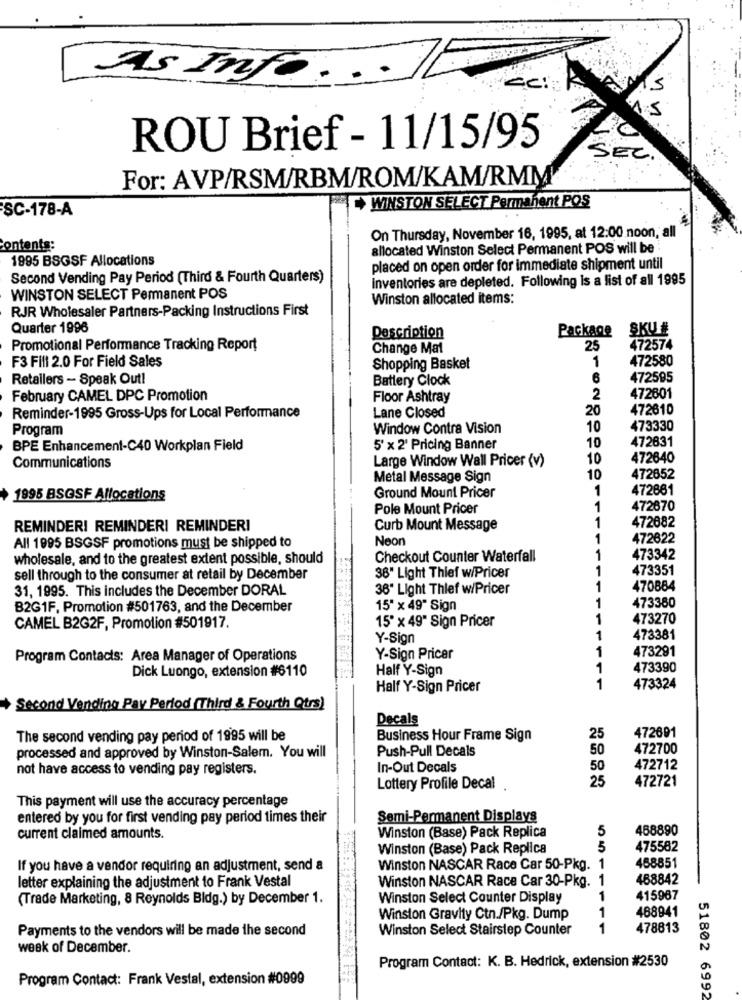
As Info. ..
ROU Brief - 11/15/95
SEC.
For: AVP/RSM/RBM/ROM/KAM/RMM
SC-178-A
WINSTON SELECT Permanent POS
On Thursday, November 16, 1995, at 12:00 noon, all
Contents:
allocated Winston Select Permanent POS will be
1995 BSGSF Allocations
placed on open order for immediate shipment until
Second Vending Pay Period (Third & Fourth Quarters)
Inventories are depleted. Following Is a list of all 1995
WINSTON SELECT Permanent POS
Winston allocated items:
RJR Wholesaler Partners-Packing Instructions First
Quarter 1996
Package
SKU#
Description
Promotional Performance Tracking Report
Change Mat
25
472574
1
472580
F3 Fill 2.0 For Field Sales
Shopping Basket
Retailers - Speak Out!
Battery Clock
6
472595
February CAMEL DPC Promotion
Floor Ashtray
2
472601
20
472610
Reminder-1995 Gross-Ups for Local Performance
Lane Closed
Program
Window Contra Vision
10
473330
472631
BPE Enhancement-C40 Workplan Field
5' x 2' Pricing Banner
10
Large Window Wall Pricer (v)
10
472640
Communications
Metal Message Sign
10
472852
1
472881
1995 BSGSF Allocations
Ground Mount Pricer
Pole Mount Pricer
1
472670
472682
REMINDERI REMINDERI REMINDERI
Curb Mount Message
1
Neon
1
472622
All 1995 BSGSF promotions must be shipped to
wholesale, and to the greatest extent possible, should
Checkout Counter Waterfall
1
473342
1
473351
sell through to the consumer at retail by December
38" Light Thief w/Pricer
31, 1995. This includes the December DORAL
36" Light Thief w/Pricer
1
470884
1
473380
B2G1F. Promotion #501763, and the December
15" x 49" Sign
15" x 49" Sign Pricer
1
473270
CAMEL B2G2F, Promotion #501917.
Y-Sign
1
473381
473291
Program Contacts: Area Manager of Operations
Y-Sign Pricer
1
Dick Luongo, extension #6110
Half Y-Sign
1
473390
Half Y-Sign Pricer
1
473324
Second Vending Pay Period (Third & Fourth Qtrs)
Decals
472691
The second vending pay period of 1995 will be
Business Hour Frame Sign
25
processed and approved by Winston-Salem. You will
Push-Pull Decals
50
472700
not have access to vending pay registers.
In-Out Decals
50
472712
25
472721
Lottery Profile Decal
This payment will use the accuracy percentage
entered by you for first vending pay period times their
Semi-Permanent Displays
5
488890
current claimed amounts.
Winston (Base) Pack Replica
Winston (Base) Pack Replica
3
475582
If you have a vendor requiring an adjustment, send a
Winston NASCAR Race Car 50-Pkg.
1
468851
letter explaining the adjustment to Frank Vestal
Winston NASCAR Race Car 30-Pkg. 1
488842
(Trade Marketing, 8 Reynolds Bldg.) by December 1.
Winston Select Counter Display
1
415967
1
468941
Winston Gravity Ctn./Pkg. Dump
Payments to the vendors will be made the second
Winston Select Stairstep Counter
1
478813
week of December.
Program Contact: K. B. Hedrick, extension #2530
Program Contact: Frank Vestal, extension #0999
51802 6992